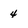
Character: 4